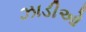
ઝાડીઓ